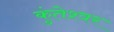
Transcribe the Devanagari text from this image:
कुंतेश्वर